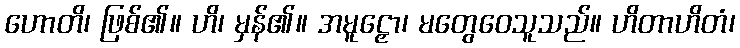
ဟောတိ၊ ဖြစ်၏။ ဟိ၊ မှန်၏။ အမူဠှော၊ မတွေဝေသူသည်။ ဟိတာဟိတံ၊